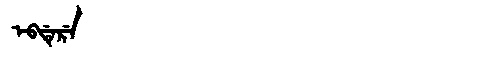
Manchu: ᡝᠪᡩᡝᡵᡝ
Romanization: EBDERE